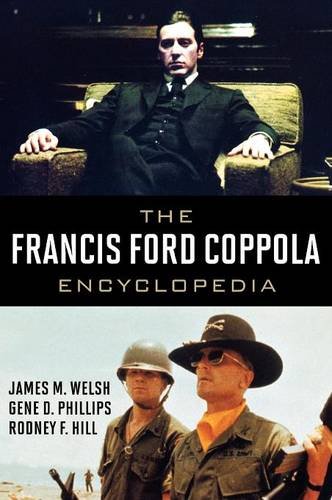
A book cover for The Francis Ford Coppola Encyclopedia; James M. Welsh; Humor & Entertainment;